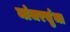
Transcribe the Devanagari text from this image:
मांजरसुंभा